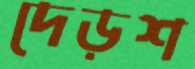
দেড়শ